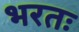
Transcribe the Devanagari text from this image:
भरतः